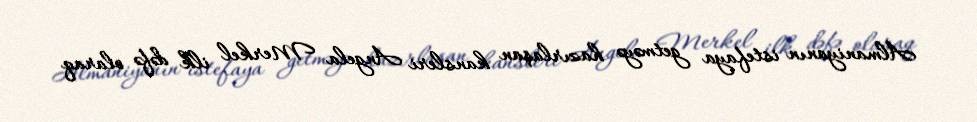
Almaniyanın istefaya getməyə hazırlaşan kansleri Angela Merkel ilk dəfə olaraq